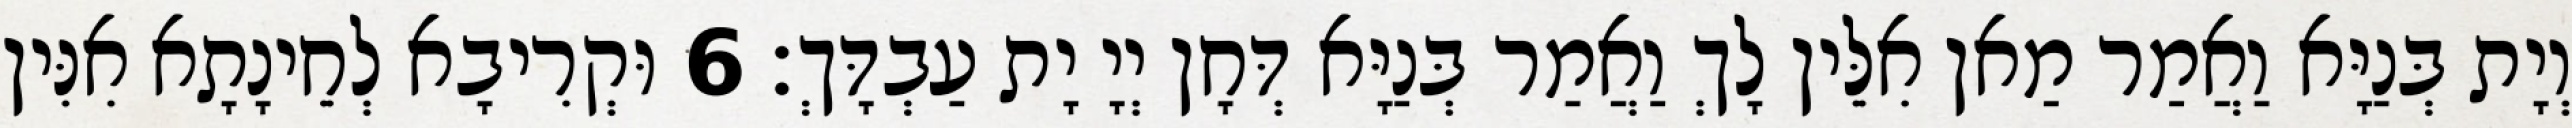
וְיָת בְּנַיָּא וַאֲמַר מַאן אִלֵּין לָךְ וַאֲמַר בְּנַיָּא דְּחָן יְיָ יָת עַבְדָּךְ׃ 6 וּקְרִיבָא לְחֵינָתָא אִנִּין